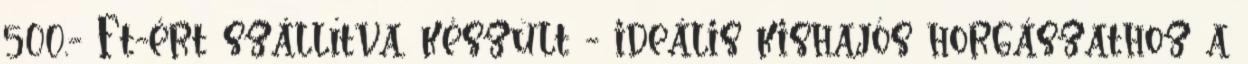
500.- Ft-ért szállítva. készült - ideális kishajós horgászathoz a